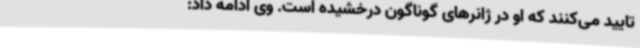
تایید می‌کنند که او در ژانرهای گوناگون درخشیده است. وی ادامه داد: